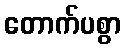
တောက်ပစွာ